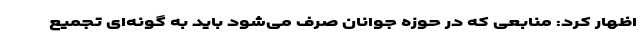
اظهار کرد: منابعی که در حوزه جوانان صرف می‌شود باید به گونه‌ای تجمیع